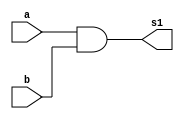
// ---------------------
// Exercicio0009 - AND
// Nome: Lucas Cardoso
// ---------------------
// ---------------------
// -- and gate
// ---------------------
module andgate1 ( output s1,
input a,
input b);

assign s1 = a & b;
endmodule // andgate1

module andgate2 ( output s2,
input c,
input d);

assign s2 = c & d;
endmodule // andgate2

module andgate ( output s,
input s1,
input s2);

assign s = s1 & s2;
endmodule // andgate
// ---------------------
// -- test andgate
// ---------------------
module testandgate;
// ------------------------- dados locais
reg a,b,c,d; // definir registrador
wire s, s1, s2; // definir conexao (fio)
// ------------------------- instancia
andgate AND1 (s, s1, s2);
andgate AND2 (s2, c, d);
andgate AND3 (s1, a, b);
// ------------------------- preparacao
initial begin:start
a=0;
b=0;
c=0;
d=0;
end
// ------------------------- parte principal
initial begin:main
$display("Exercicio0009 - Lucas Cardoso - 441694");
$display("Test AND gate");
$display("\n(a & b) & (c & d) = s\n");
$monitor("%b & %b & %b & %b = %b", a, b, c, d, s);
a=0; b=0; c=0; d=0;
#1 a=0; b=0; c=0; d=1;
#1 a=0; b=0; c=1; d=0;
#1 a=0; b=0; c=1; d=1;
#1 a=0; b=1; c=0; d=0;
#1 a=0; b=1; c=0; d=1;
#1 a=0; b=1; c=1; d=0;
#1 a=0; b=1; c=1; d=1;
#1 a=1; b=0; c=0; d=0;
#1 a=1; b=0; c=0; d=1;
#1 a=1; b=0; c=1; d=0;
#1 a=1; b=0; c=1; d=1;
#1 a=1; b=1; c=0; d=0;
#1 a=1; b=1; c=0; d=1;
#1 a=1; b=1; c=1; d=0;
#1 a=1; b=1; c=1; d=1;

end
endmodule // testandgate